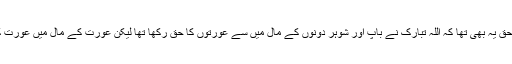
ان میں سے ایک حق یہ بھی تھا کہ اللہ تبارک نے باپ اور شوہر دونوں کے مال میں سے عورتوں کا حق رکھا تھا لیکن عورت کے مال میں عورت کا حق نہیں رکھا۔